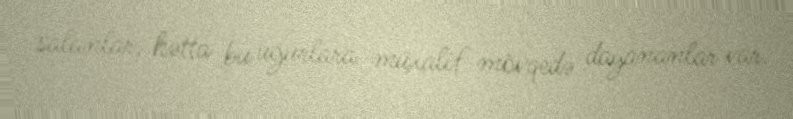
salanlar, hətta bu uğurlara müxalif mövqedə dayananlar var.